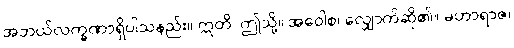
အဘယ်လက္ခဏာရှိပါသနည်း။ ဣတိ၊ ဤသို့။ အဝေါစ၊ လျှောက်ဆို၏။ မဟာရာဇ၊